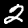
Label: 2